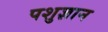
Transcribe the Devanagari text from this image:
पशुज्ञान